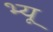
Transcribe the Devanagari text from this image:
भ्यू